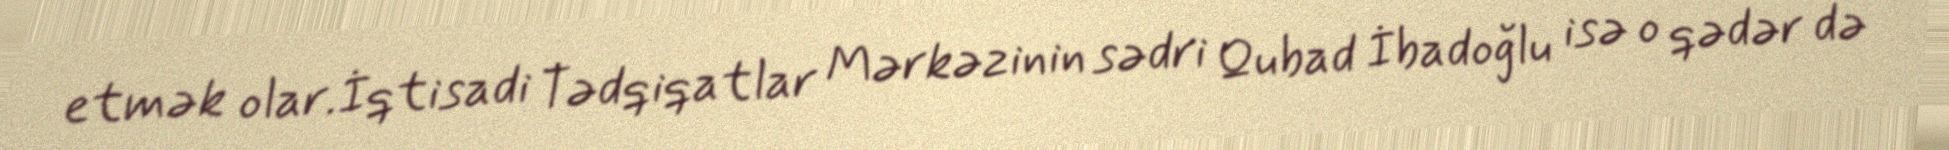
etmək olar.İqtisadi Tədqiqatlar Mərkəzinin sədri Qubad İbadoğlu isə o qədər də